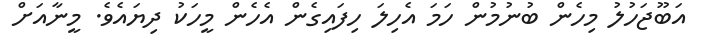
އަބޫޖަހުލު މިހެން ބުނުމުން ހަމަ އެހިލަ ހިފައިގެން އެހެން މީހަކު ދިޔައެވެ. މީނާއަށް